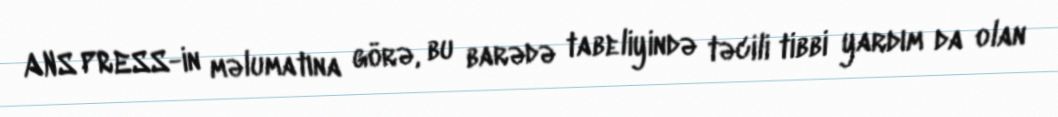
ANS PRESS-in məlumatına görə, bu barədə tabeliyində təcili tibbi yardım da olan